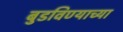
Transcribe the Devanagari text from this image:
बुडविण्याच्या